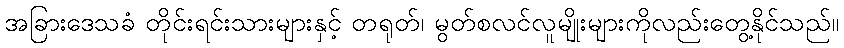
အခြားဒေသခံ တိုင်းရင်းသားများနှင့် တရုတ်၊ မွတ်စလင်လူမျိုးများကိုလည်းတွေ့နိုင်သည်။